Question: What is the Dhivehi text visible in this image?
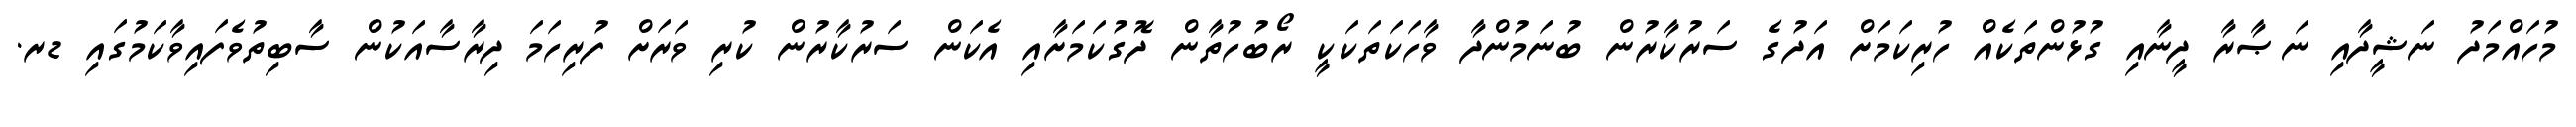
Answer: މުހައްމަދު ނަޝީދާއި ނަޞާރާ ދީނާއި ގުޅުންތަކެއް ހުރިކަމަށް އަދުގެ ސަރުކާރުން ބުނަމުންދާ ވާހަކަތަކަކީ ރޯބުހުތާން ދޮގުކަމަށާއި އެކަން ސަރުކާރުން ކުރި ވަރަށް ފުރިހަމަ ދިރާސާއަކުން ސާބިތުވެފައިވާކަމުގައި ޑރ.